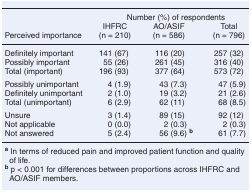
<table><thead><tr><td></td><td colspan="3"><b>Number (%) of respondents</b></td></tr><tr><td><b>Perceived importance</b></td><td><b>IHFRC(n = 210)</b></td><td><b>AO/ASIF(n = 586)</b></td><td><b>Total(n = 796)</b></td></tr></thead><tbody><tr><td>Definitely important</td><td>141 (67)</td><td>116 (20)</td><td>257 (32)</td></tr><tr><td>Possibly important</td><td>55 (26)</td><td>261 (45)</td><td>316 (40)</td></tr><tr><td>Total (important)</td><td>196 (93)</td><td>377 (64)</td><td>573 (72)</td></tr><tr><td>Possibly unimportant</td><td>4 (1.9)</td><td>43 (7.3)</td><td>47 (5.9)</td></tr><tr><td>Definitely unimportant</td><td>2 (1.0)</td><td>19 (3.2)</td><td>21 (2.6)</td></tr><tr><td>Total (unimportant)</td><td>6 (2.9)</td><td>62 (11)</td><td>68 (8.5)</td></tr><tr><td>Unsure</td><td>3 (1.4)</td><td>89 (15)</td><td>92 (12)</td></tr><tr><td>Not applicable</td><td>0 (0.0)</td><td>2 (0.3)</td><td>2 (0.3)</td></tr><tr><td>Not answered</td><td>5 (2.4)</td><td>56 (9.6) <b><sup>b</sup></b></td><td>61 (7.7)</td></tr></tbody></table>